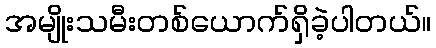
အမျိုးသမီးတစ်ယောက်ရှိခဲ့ပါတယ်။